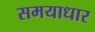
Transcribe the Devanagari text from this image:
समयाधार